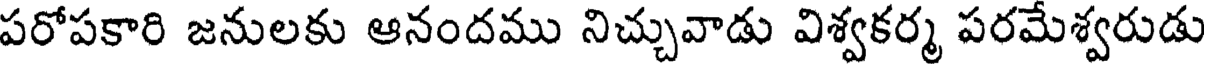
పరోపకారి జనులకు ఆనందము నిచ్చువాడు విశ్వకర్మ పరమేశ్వరుడు